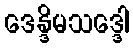
ဒေန္ဒိမသဒ္ဒေါ